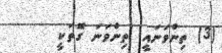
(3) ތިންވަނައީ: ތިންވަނަ ގޮތަކީ